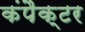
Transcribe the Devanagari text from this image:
कंपैक्टर